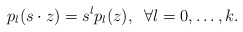
\begin{align*} p_l(s\cdot z)=s^l p_l(z), \;\; \forall l=0, \dots, k.\end{align*}